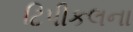
ટિપીકલના